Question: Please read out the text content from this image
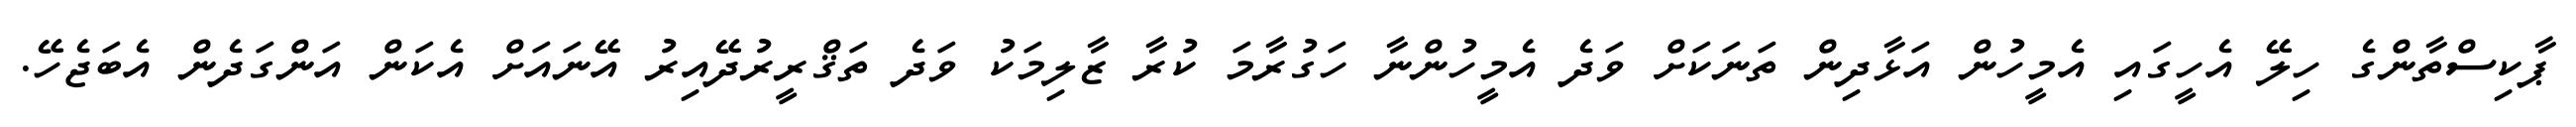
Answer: ޕާކިސްތާންގެ ހިލޭ އެހީގައި އެމީހުން އަޅާދިން ތަނަކަށް ވަދެ އެމީހުންނާ ހަގުރާމަ ކުރާ ޒާލިމަކު ވަދެ ތަޤްރީރުދޭއިރު އޭނައަށް އެކަން އަންގަދެން އެބަޖެހޭ.